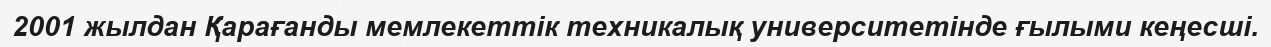
2001 жылдан Қарағанды мемлекеттік техникалық университетінде ғылыми кеңесші.